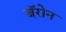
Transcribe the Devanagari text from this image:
बॅरोन